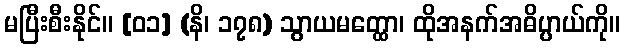
မပြီးစီးနိုင်။ [၀၁] (နိ၊ ၁၇၈) သွာယမတ္ထော၊ ထိုအနက်အဓိပ္ပာယ်ကို။